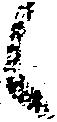
候